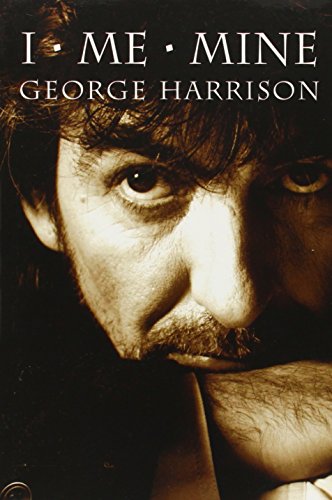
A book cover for I, Me, Mine; George Harrison; Humor & Entertainment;